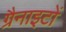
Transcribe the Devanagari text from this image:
ग्रैनाइटों